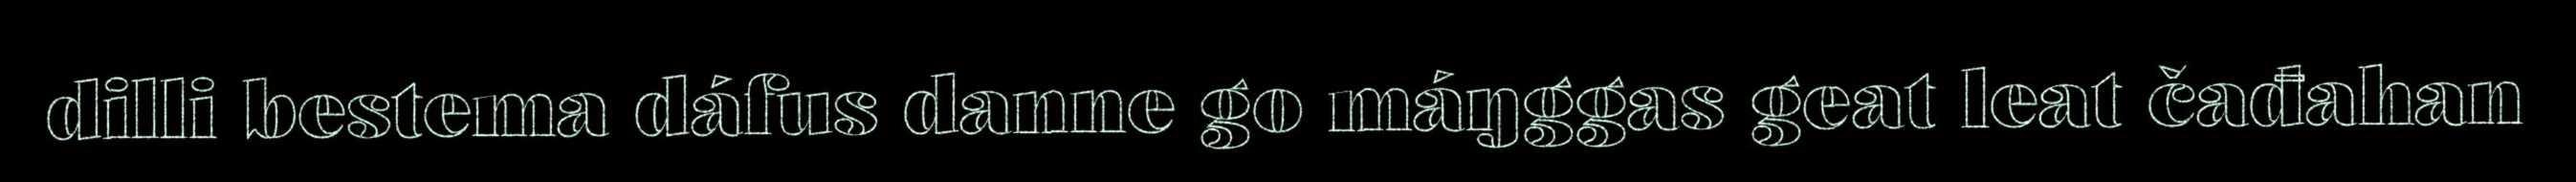
dilli bestema dáfus danne go máŋggas geat leat čađahan